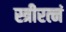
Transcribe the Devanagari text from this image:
स्त्रीरत्नं